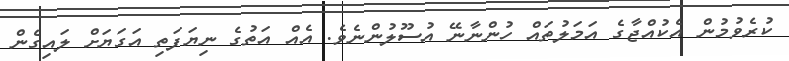
ކުރެވުމުން އެކުއްޖާގެ އަމަލުތައް ހުންނާނޭ އުސޫލުންނެވެ. އެއް އަތުގެ ނިޔަފަތި އަގަޔަށް ލައިގެން